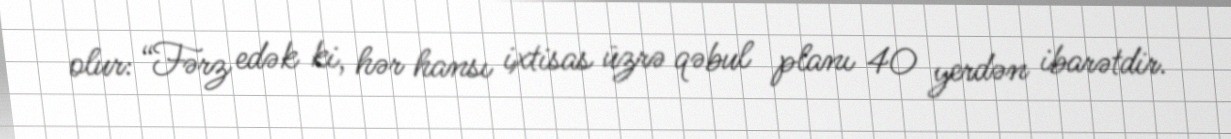
olur: “Fərz edək ki, hər hansı ixtisas üzrə qəbul planı 40 yerdən ibarətdir.